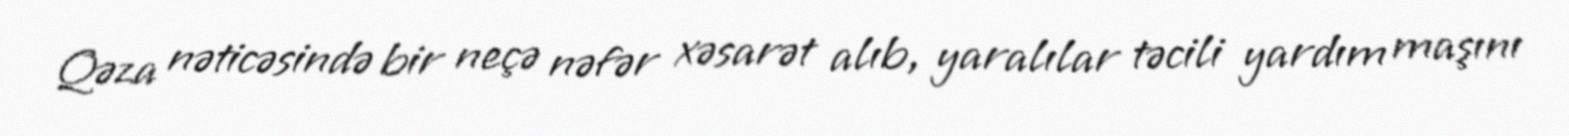
Qəza nəticəsində bir neçə nəfər xəsarət alıb, yaralılar təcili yardım maşını